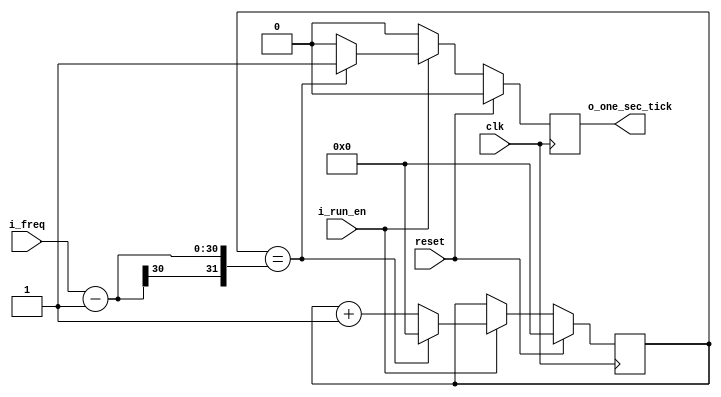
`timescale 1ns / 1ps

module one_sec_gen#(
        parameter COUNT_BIT = 30 // we limit it under 1GHz == 1,000,000,000 ~= 2^30
                                //COUNT_BIT  sets clock speed.


)(
        input clk,
        input reset,
        input i_run_en,
        input [COUNT_BIT -1:0] i_freq, // we make clk == 100MHz
                                        // so, i_freq = 100MHz is 1sec.
        output reg o_one_sec_tick
);

        reg [COUNT_BIT -1:0] r_counter;

        always @(posedge clk)begin
                if(reset)begin
                        r_counter <={COUNT_BIT{1'b0}};
                        o_one_sec_tick <=0;
                end else if(i_run_en)begin
                        if(r_counter == i_freq-1)begin  // r_counter starts from 0 to i_freq-1
                                r_counter <=0;
                                o_one_sec_tick <=1;
                        end else begin
                                r_counter <= r_counter +1'b1;   //r_counter adds 1'b1 at every clk.
                                                                //if clk is 100MHz,
                                                                //Counting 100M is 1sec.
                                o_one_sec_tick <= 0;
                        end
                end else begin
                        o_one_sec_tick <= 1'b0;

                end

        end

endmodule